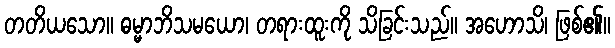
တတိယသော။ ဓမ္မာဘိသမယော၊ တရားထူးကို သိခြင်းသည်။ အဟောသိ၊ ဖြစ်၏။